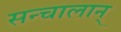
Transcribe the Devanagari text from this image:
सन्चालान्